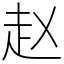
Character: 赵